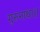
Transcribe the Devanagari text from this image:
गुरुनाथा।।